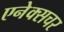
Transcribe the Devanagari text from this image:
एनेक्सचर